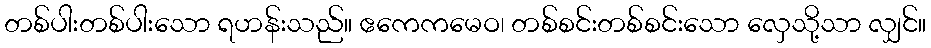
တစ်ပါးတစ်ပါးသော ရဟန်းသည်။ ဧကေကမေဝ၊ တစ်စင်းတစ်စင်းသော လှေသို့သာ လျှင်။